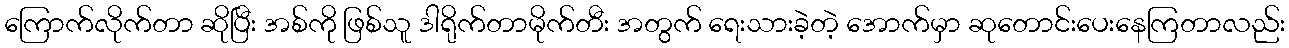
ကြောက်လိုက်တာ ဆိုပြီး အစ်ကို ဖြစ်သူ ဒါရိုက်တာမိုက်တီး အတွက် ရေးသားခဲ့တဲ့ အောက်မှာ ဆုတောင်းပေးနေကြတာလည်း